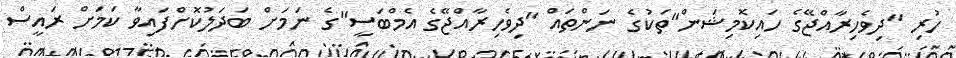
ހުރި "ދިވެހިރާއްޖޭގެ ހައިކޮމިޝަން"ތަކުގެ ނަންތައް "ދިވެހިރާއްޖޭގެ އެމްބަސީ"ގެ ނަމަށް ބަދަލުކޮށްފައިވާ ކަމަށް ރައީސް